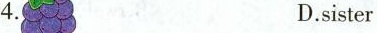
4. D.sister